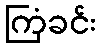
ကြံခင်း